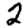
Digit: 2